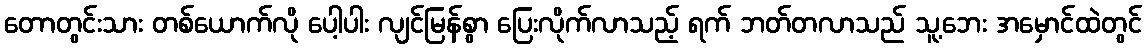
တောတွင်းသား တစ်ယောက်လို ပေါ့ပါး လျင်မြန်စွာ ပြေးလိုက်လာသည့် ရက် ဘတ်တလာသည် သူ့ဘေး အမှောင်ထဲတွင်